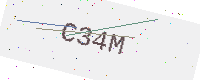
Text: C34M